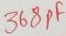
Text: 368pF